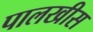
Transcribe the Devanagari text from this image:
पालखीस